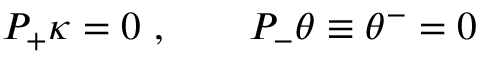
{ \cal P } _ { + } \kappa = 0 \ , \qquad { \cal P } _ { - } \theta \equiv \theta ^ { - } = 0